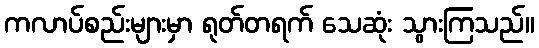
ကလာပ်စည်းများမှာ ရုတ်တရက် သေဆုံး သွားကြသည်။